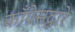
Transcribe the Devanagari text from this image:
काँग्रेसद्वारे